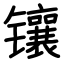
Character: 镶